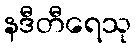
နဒီတီရေသု